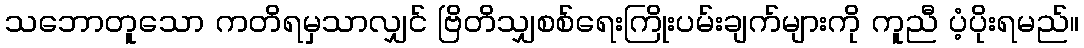
သဘောတူသော ကတိရမှသာလျှင် ဗြိတိသျှစစ်ရေးကြိုးပမ်းချက်များကို ကူညီ ပံ့ပိုးရမည်။